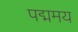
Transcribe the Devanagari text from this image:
पद्ममय